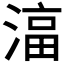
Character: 𬈠